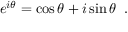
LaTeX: e ^ { i \theta } = \cos { \theta } + i \sin { \theta } \; \; .